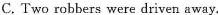
C. Two robbers were driven away.